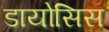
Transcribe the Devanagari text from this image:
डायोसिस